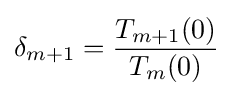
\delta _{m+1}={\frac {T_{m+1}(0)}{T_{m}(0)}}